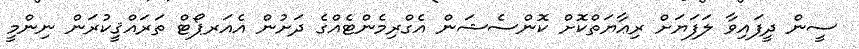
ސީން ދީފައިވާ ލަފަޔަށް ރިޢާޔަތްކޮށް ކޮންސެޝަން އެގްރިމެންޓެއްގެ ދަށުން އެއަރޕޯޓް ތަރައްޤީކުރަން ނިންމީ